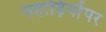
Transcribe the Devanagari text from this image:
पहाड़ियोंपर